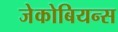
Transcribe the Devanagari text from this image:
जेकोबियन्स